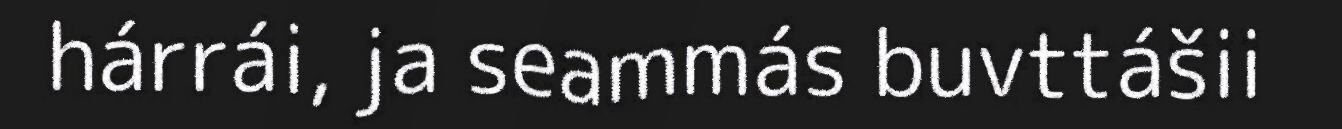
hárrái, ja seammás buvttášii